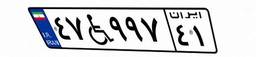
۴۷W۹۹۷۴۱